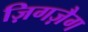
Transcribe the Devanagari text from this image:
ज़िगज़ैग